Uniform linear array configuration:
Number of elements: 32
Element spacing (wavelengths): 0.5
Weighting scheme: kaiser
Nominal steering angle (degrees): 60
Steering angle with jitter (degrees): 58.27
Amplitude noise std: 0.05
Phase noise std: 0.05

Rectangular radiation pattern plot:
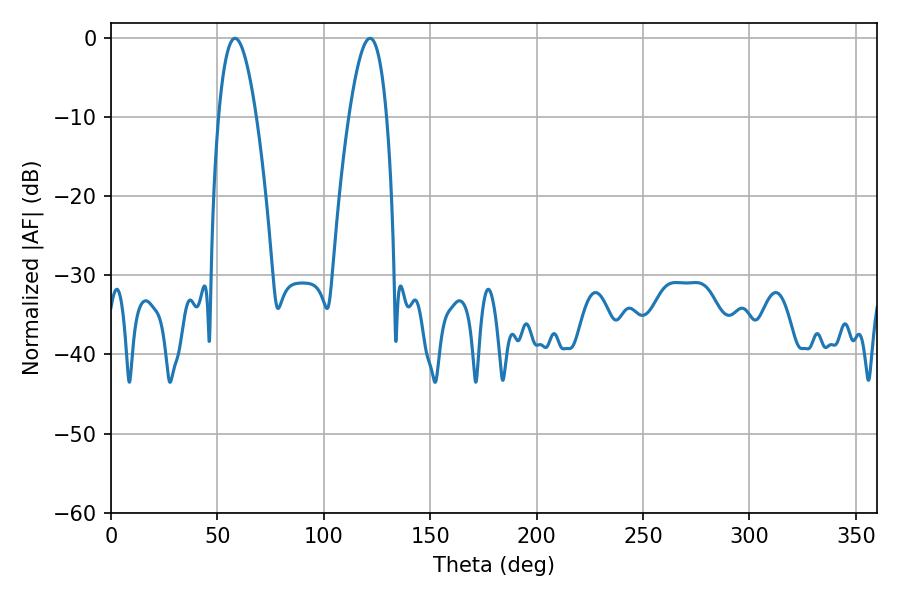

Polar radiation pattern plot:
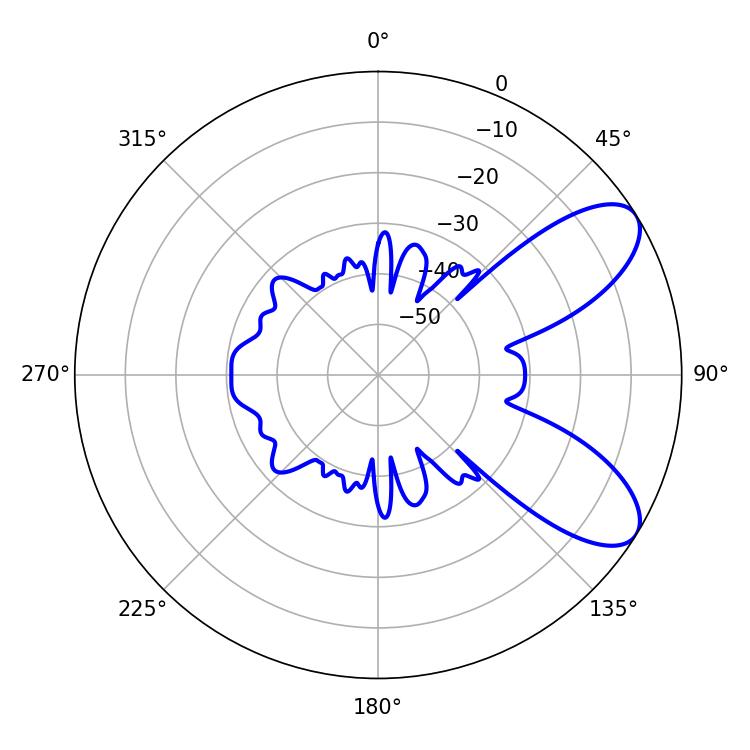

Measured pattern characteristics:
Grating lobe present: FALSE
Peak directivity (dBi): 8.072
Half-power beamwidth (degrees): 9.72
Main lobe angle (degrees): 58.32